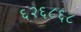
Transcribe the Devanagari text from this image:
६२६८६८